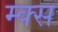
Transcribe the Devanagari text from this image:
म्क्स